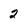
Character: 2